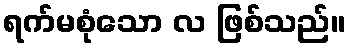
ရက်မစုံသော လ ဖြစ်သည်။